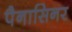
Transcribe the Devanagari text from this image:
पैनासिनर